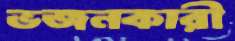
ভজনকারী